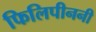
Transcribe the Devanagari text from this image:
फिलिपीननी